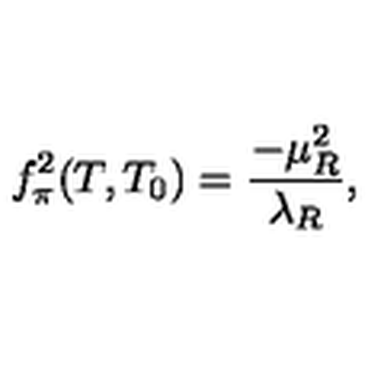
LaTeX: f _ { \pi } ^ { 2 } ( T , T _ { 0 } ) = \frac { - \mu _ { R } ^ { 2 } } { \lambda _ { R } } ,